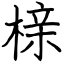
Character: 榇